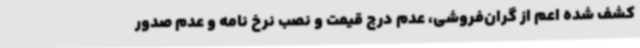
کشف شده اعم از گران‌فروشی، عدم درج قیمت و نصب نرخ نامه و عدم صدور